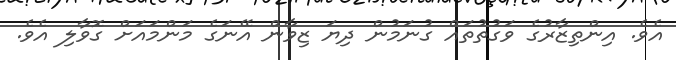
އެވެ. އިންތިޒާރުގެ ވަގުތުތައް ގުނަމުން ދިޔަ ޒިވާން އޭނަގެ މަންމައަށް ގޮވާލި އެވެ.